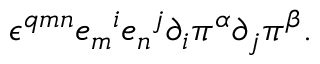
\epsilon ^ { q m n } { e _ { m } } ^ { i } { e _ { n } } ^ { j } \partial _ { i } \pi ^ { \alpha } \partial _ { j } \pi ^ { \beta } .